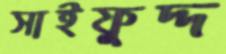
সাইফুদ্দ